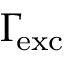
\Gamma \! _ { \mathrm { e x c } }